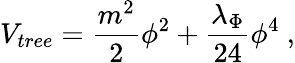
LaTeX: V_{tree}={\frac{m^{2}}{2}}\phi^{2}+{\frac{\lambda_{\Phi}}{24}}\phi^{4}~,